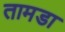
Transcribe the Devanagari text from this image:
तामडा